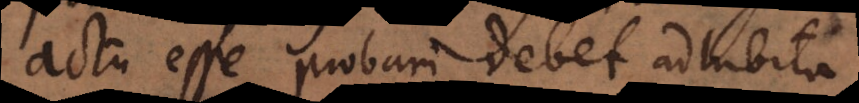
actu esse probari debet adhibita